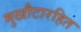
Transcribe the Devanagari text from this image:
मुखौटारहित